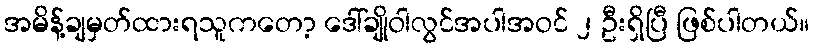
အမိန့်ချမှတ်ထားရသူကတော့ ဒေါ်ချိုဝါလွင်အပါအဝင် ၂ ဦးရှိပြီ ဖြစ်ပါတယ်။